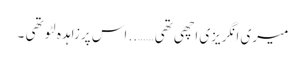
میری انگریزی اچھی تھی …….. اس پرزاہدہ لٹو تھی ۔